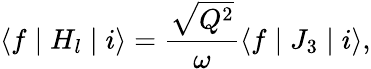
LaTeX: \langle f\mid H_{l}\mid i\rangle=\frac{\sqrt{Q^{2}}}{\omega}\langle f\mid J_{3}\mid i\rangle,